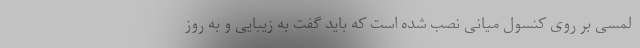
لمسی بر روی کنسول میانی نصب شده است که باید گفت به زیبایی و به روز